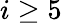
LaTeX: i\geq 5